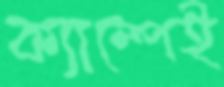
ক্যাম্পেই